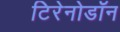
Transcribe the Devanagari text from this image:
टिरेनोडॉन